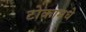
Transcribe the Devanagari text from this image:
टोकामधे